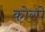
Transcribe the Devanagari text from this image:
कोरपे